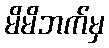
မိမိဘက်မှ